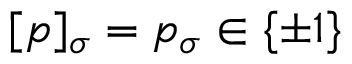
[ \boldsymbol { p } ] _ { \sigma } = p _ { \sigma } \in \{ \pm 1 \}